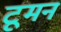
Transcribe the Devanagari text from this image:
टूमन